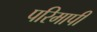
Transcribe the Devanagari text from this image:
परिमापी